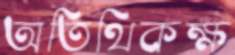
অতিথিকক্ষ